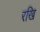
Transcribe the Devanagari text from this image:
रखि